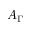
A _ { \Gamma }